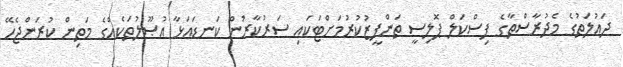
ދައުލަތުގެ މެދުރާސްތާގެ ފިސްކަލް ޕޮލިސީ ތަންފީޒުކުރުމަށްޓަކައި ސަރުކާރުން ކަނޑައަޅާ އުޞޫލުތަކެއްގެ މަތިން ކުރަންޖެހޭ